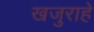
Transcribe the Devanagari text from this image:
खजुराहे